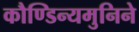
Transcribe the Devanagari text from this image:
कौण्डिन्यमुनिने